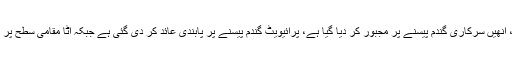
حکومت پنجاب نے یکم رمضان سے فلور ملز کا کوٹہ کم کر دیا ہے، انھیں سرکاری گندم پیسنے پر مجبور کر دیا گیا ہے، پرائیویٹ گندم پیسنے پر پابندی عائد کر دی گئی ہے جبکہ آٹا مقامی سطح پر یا کسی دوسرے صوبہ کو فروخت کرنے پر پابندی عائد کر دی ہے ۔